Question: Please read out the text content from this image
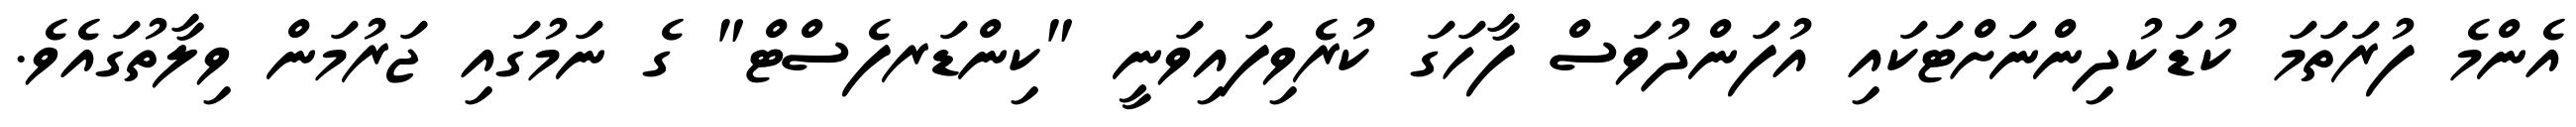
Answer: އެންމެ ފުރަތަމަ ކުޑަކުދިންނަށްޓަކައި އުފަންދުވަސް ފާހަގަ ކުރެވިފައިވަނީ "ކިންޑަރފެސްޓް" ގެ ނަމުގައި ޖަރުމަން ވިލާތުގައެވެ.